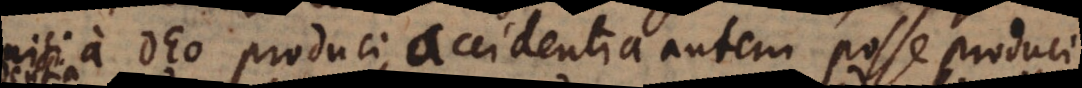
nisi a Deo produci, accidentia autem posse produci